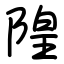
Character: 隍